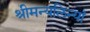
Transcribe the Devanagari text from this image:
श्रीमन्यलिन्यां